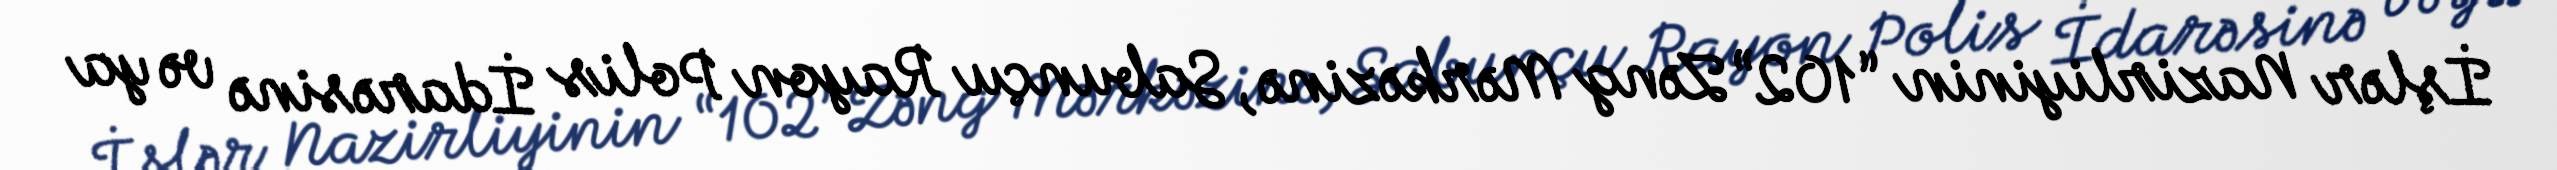
İşlər Nazirliyinin “102” Zəng Mərkəzinə, Sabunçu Rayon Polis İdarəsinə və ya